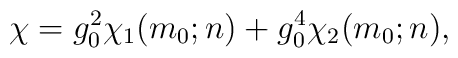
\chi=g_{0}^{2}\chi_{1}(m_{0};n)+g_{0}^{4}\chi_{2}(m_{0};n),